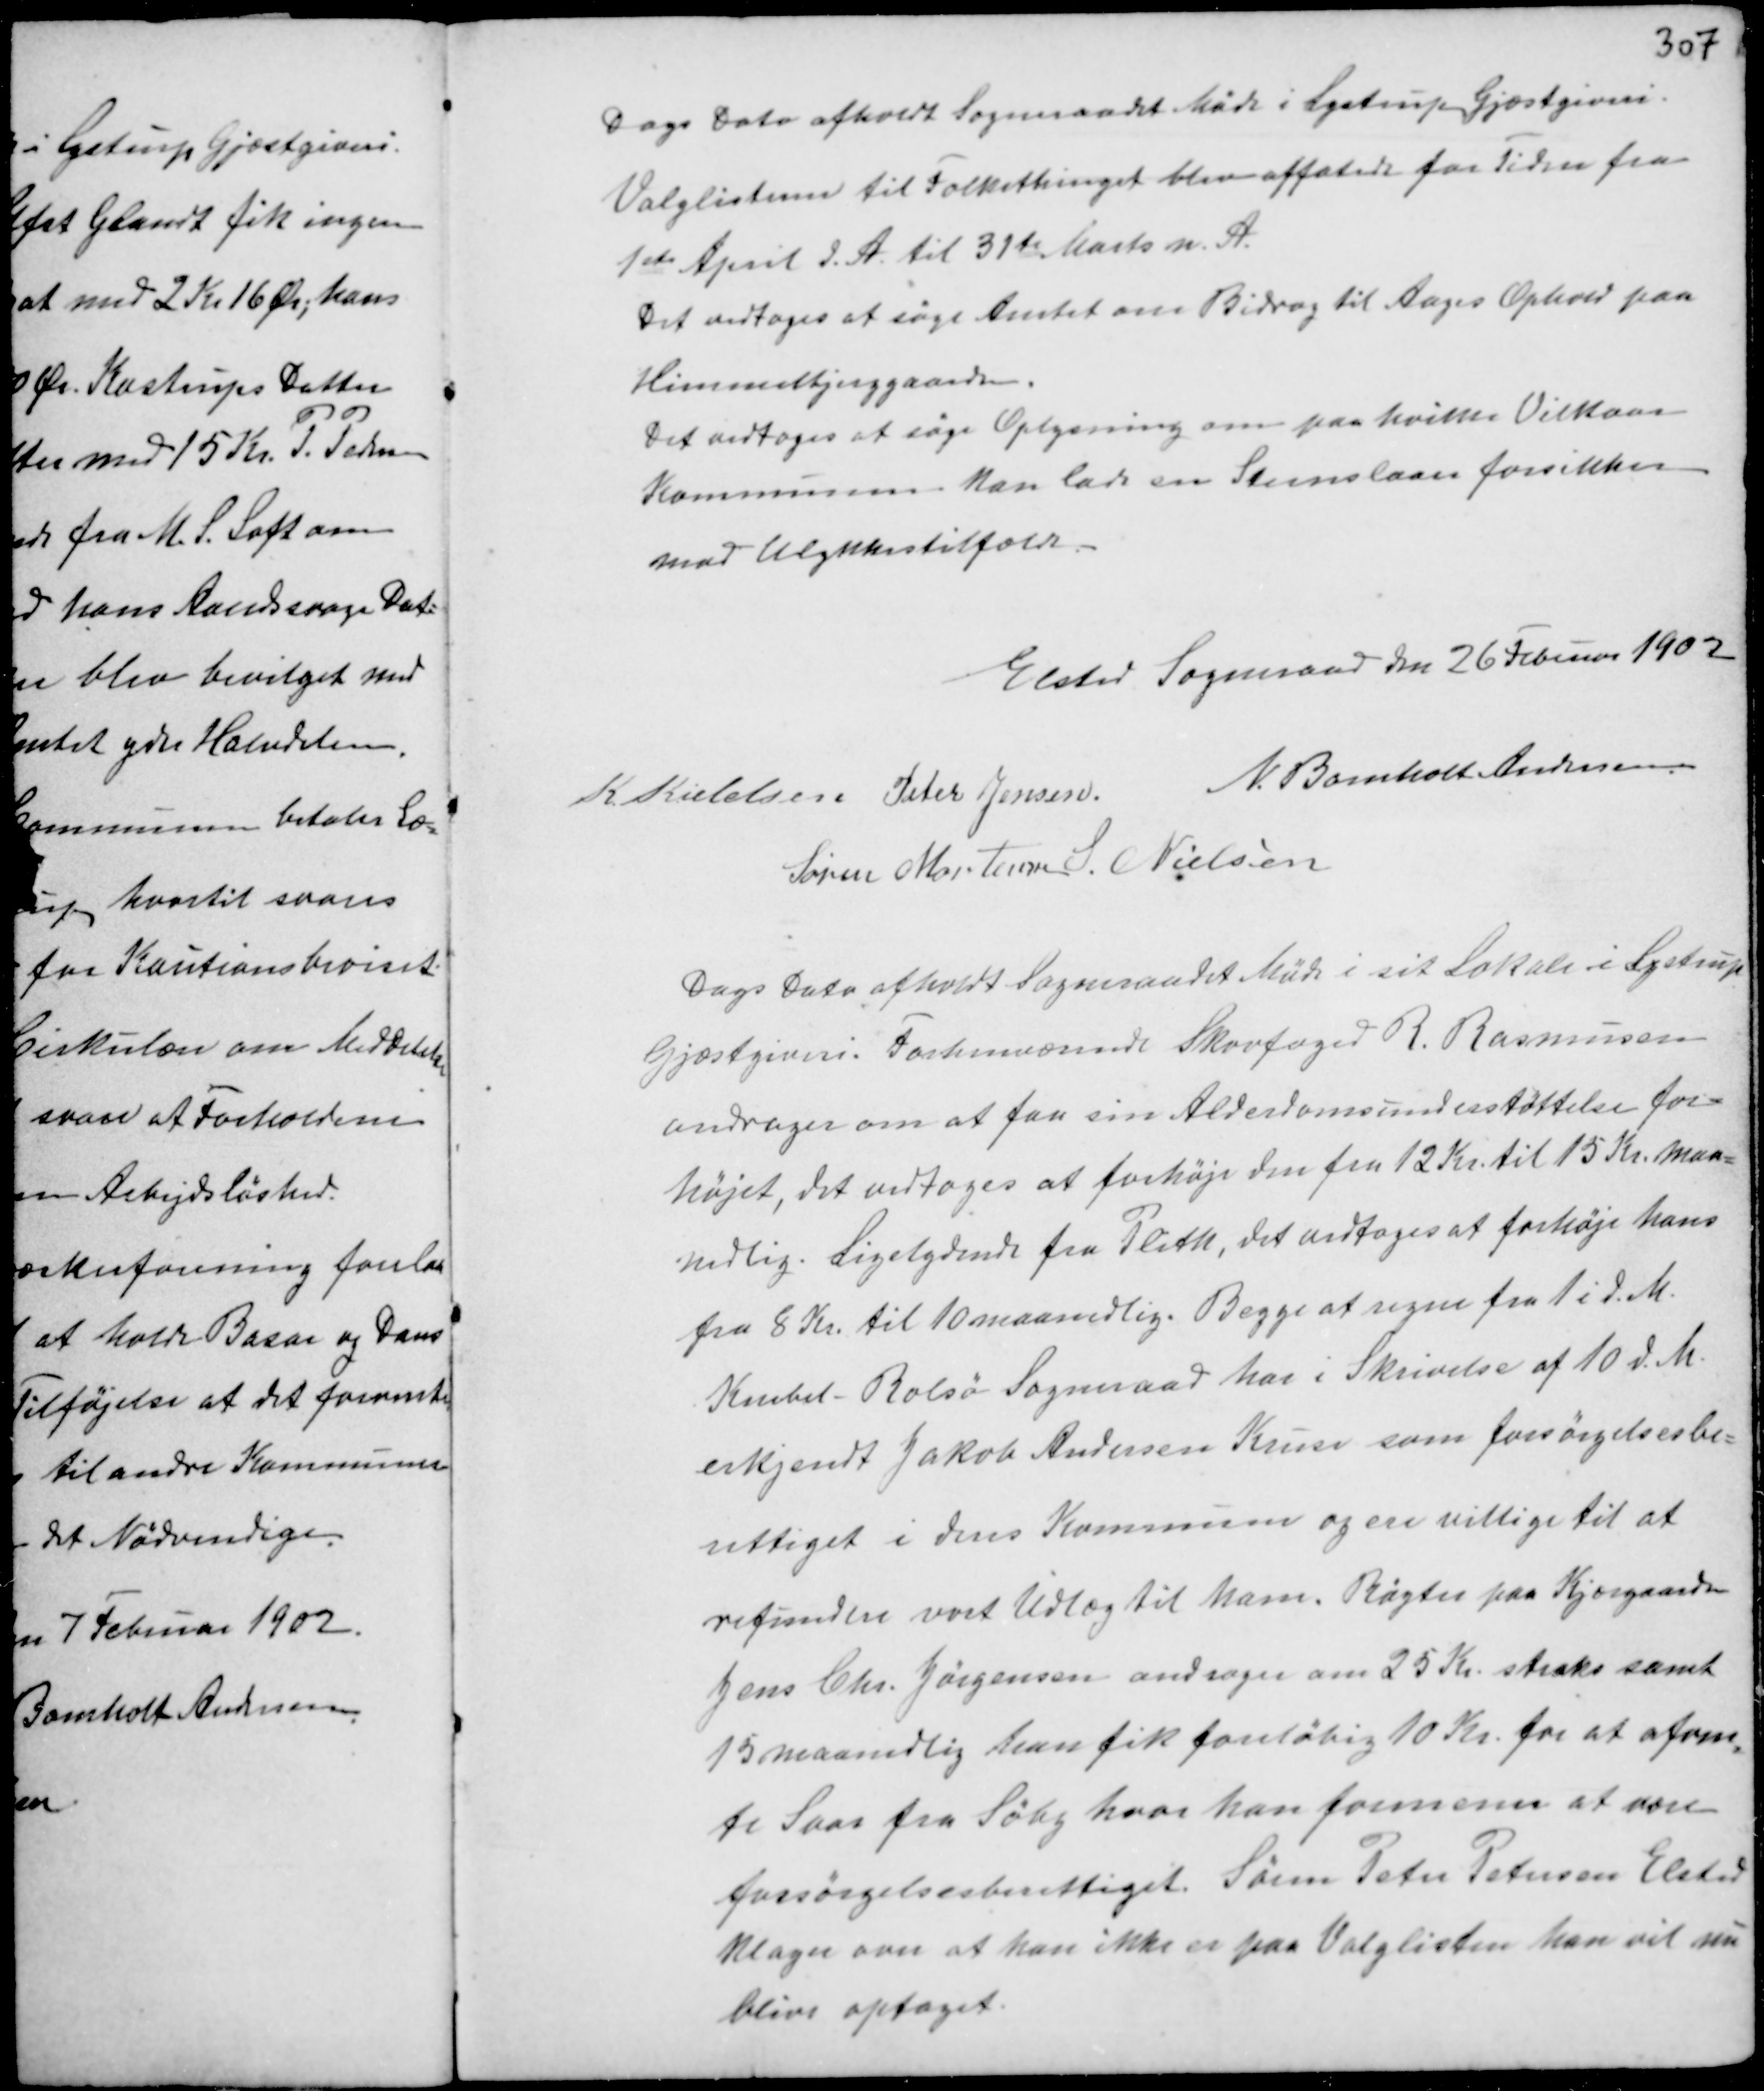
Transskription:
Dags Dato afholdt Sogneraadet Møde i Lystrup Gjæstgiveri.
Valglisterne til Folkethinget blev affatede for Tiden fra
1ste April d.A. til 31te Marts n.A.
Det vedtoges at søge Amtet om Bidrag til Aages Ophold paa
Himmelbjerggaarden.
Det vedtoges at søge Oplysning om paa hvilke Vilkaar
Kommunen kan lade Steenslaaer forsikkes
mod Ulykkestilfælde.

Elsted Sogneraad den 26 Februar 1902
K. Kieldsen Peter Jensen N. Bomholt Andersen
Søren Mortensen S. Nielsen

Dags Dato afholdt Sogneraadet Møde i sit Lokale i Lystrup
Gjæstgiveri. Forhenværende Skovfoged R. Rasmussen
andrager om at faa sin Alderdomsunderstøttelse for-
højet, det vedtoges at forhøje den fra 12 Kr. til 15 Kr. maa-
nedlig. Ligeledes fra Plith, det vedtoges at forhøje hans
fra 8 Kr. til 10 maanedlig. Begge at regne fra ti d.M.
Knebel - Rolsø Sogneraad har i Skrivelse af 10 d.M.
erkjendt Jakob Andersen Kruse som forsørgelsesbe-
rettiget i dens Kommune og ere villige til at
refundere vort udlæg til ham. Røgter paa Kjærgaarden
Jens Chr. Jørgensen andrager om 25 Kr. straks samt
15 maanedlig han fik foreløbig 10 Kr. for at afven-
te Svar fra Søby hvor han formenes at være
forsørgelsesberettiget. Søren Peter Petersen Elsted
Klager over at han ikke er paa Valglisten han vil nu
blive optaget.